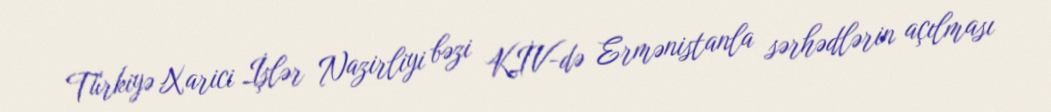
Türkiyə Xarici İşlər Nazirliyi bəzi KİV-də Ermənistanla sərhədlərin açılması